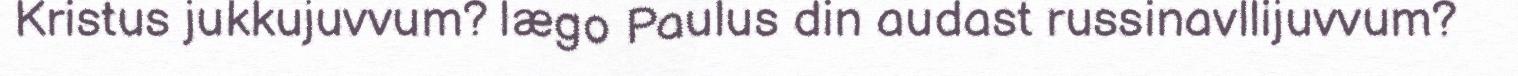
Kristus jukkujuvvum? lægo Paulus din audast russinavllijuvvum?